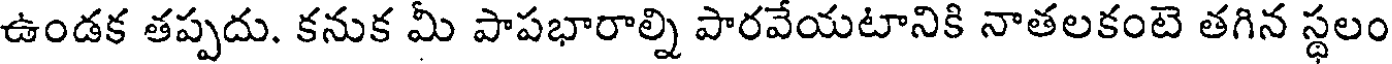
ఉండక తప్పదు. కనుక మీ పాపభారాల్ని పారవేయటానికి నాతలకంటె తగిన స్థలం